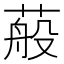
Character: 蒰